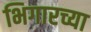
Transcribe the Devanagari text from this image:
भिगारच्या